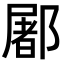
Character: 䣝